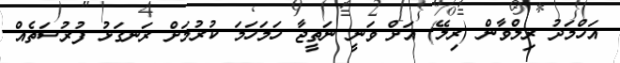
އަހްމަދު ރިލްވާން (ރިލޭ) އަށް ވަނީ ނަތީޖާ ހަމަހަމަ ކުރުމަށް ރަނގަޅު ފުރުސަތެއް